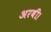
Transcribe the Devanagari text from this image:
अरबी।